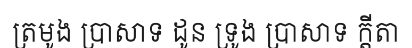
ត្រមូង ប្រាសាទ ដូន ទ្រូង ប្រាសាទ ក្តីតា